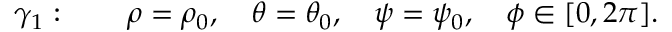
\gamma _ { 1 } : \quad \quad \rho = \rho _ { 0 } , \quad \theta = \theta _ { 0 } , \quad \psi = \psi _ { 0 } , \quad \phi \in [ 0 , 2 \pi ] .